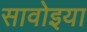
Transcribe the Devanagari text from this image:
सावोइया